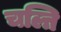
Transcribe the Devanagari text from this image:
चल्ति